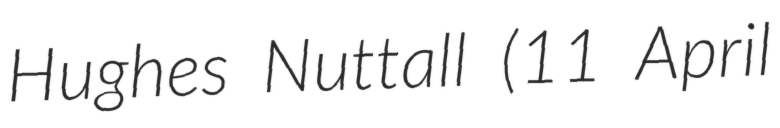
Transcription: Hughes Nuttall (11 April